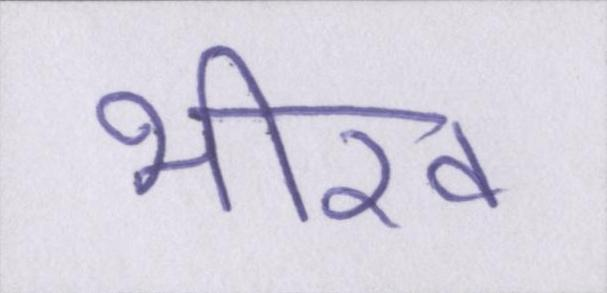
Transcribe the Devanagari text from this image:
भीख